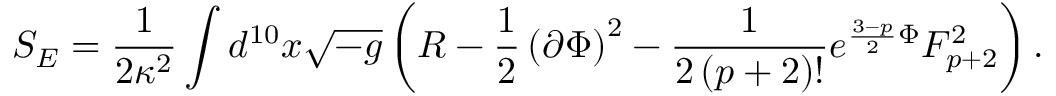
S _ { E } = \frac { 1 } { 2 \kappa ^ { 2 } } \int d ^ { 1 0 } x \sqrt { - g } \left( R - \frac { 1 } { 2 } \left( \partial \Phi \right) ^ { 2 } - \frac { 1 } { 2 \left( p + 2 \right) ! } e ^ { \frac { 3 - p } { 2 } \Phi } F _ { p + 2 } ^ { 2 } \right) .